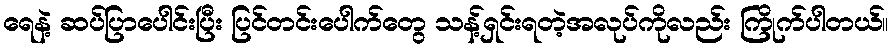
ရေနဲ့ ဆပ်ပြာပေါင်းပြီး ပြင်တင်းပေါက်တွေ သန့်ရှင်းရတဲ့အလုပ်ကိုလည်း ကြိုက်ပါတယ်။